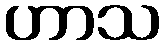
ဟာသ